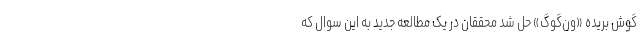
گوشِ بریده «ون‌گوگ» حل شد محققان در یک مطالعه جدید به این سوال که